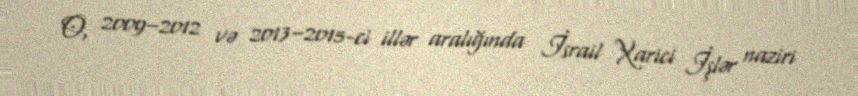
O, 2009–2012 və 2013–2015-ci illər aralığında İsrail Xarici İşlər naziri